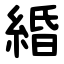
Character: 緍